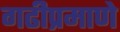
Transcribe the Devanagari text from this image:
गढीप्रमाणे